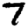
Digit: 7